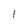
Character: I